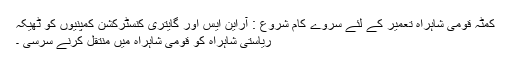
کمٹہ قومی شاہراہ تعمیر کے لئے سروے کام شروع : آراین ایس اور گایتری کنسٹرکشن کمپنیوں کو ٹھیکہ
ریاستی شاہراہ کو قومی شاہراہ میں منتقل کرنے سرسی ۔